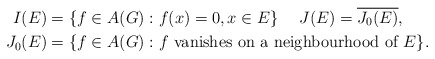
\begin{align*}I(E)& =\{f\in A(G) : f(x)=0, x\in E\} \quad\; J(E)=\overline{J_0(E)}, \\\;\;J_0(E)& =\{f\in A(G) : f \mbox{ vanishes on a neighbourhood of } E\}.\end{align*}